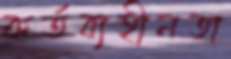
কর্তব্যহীনতা